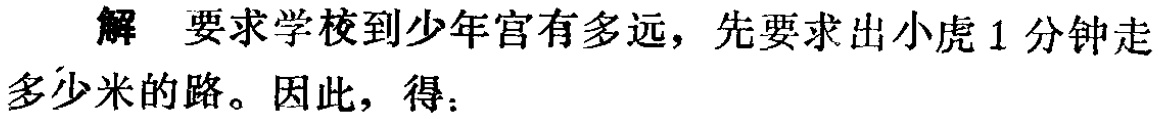
解 要求学校到少年宫有多远，先要求出小虎1分钟走多少米的路。因此，得：